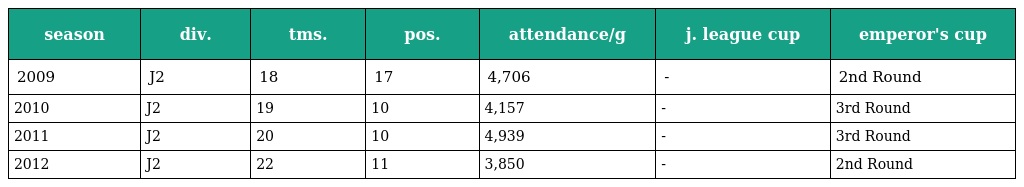
| season | div. | tms. | pos. | attendance/g | j. league cup | emperor's cup |
 | --- | --- | --- | --- | --- | --- | --- |
 | 2009 | J2 | 18 | 17 | 4,706 | - | 2nd Round |
 | 2010 | J2 | 19 | 10 | 4,157 | - | 3rd Round |
 | 2011 | J2 | 20 | 10 | 4,939 | - | 3rd Round |
 | 2012 | J2 | 22 | 11 | 3,850 | - | 2nd Round |